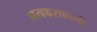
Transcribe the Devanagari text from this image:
मतफरकानी